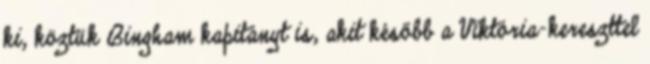
ki, köztük Bingham kapitányt is, akit később a Viktória-kereszttel